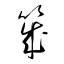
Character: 筬